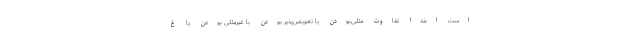
است ابتدا تفاوت مثلی‌بودن یا تعویض‌پذیر بودن با غیرمثلی بودن یا غ